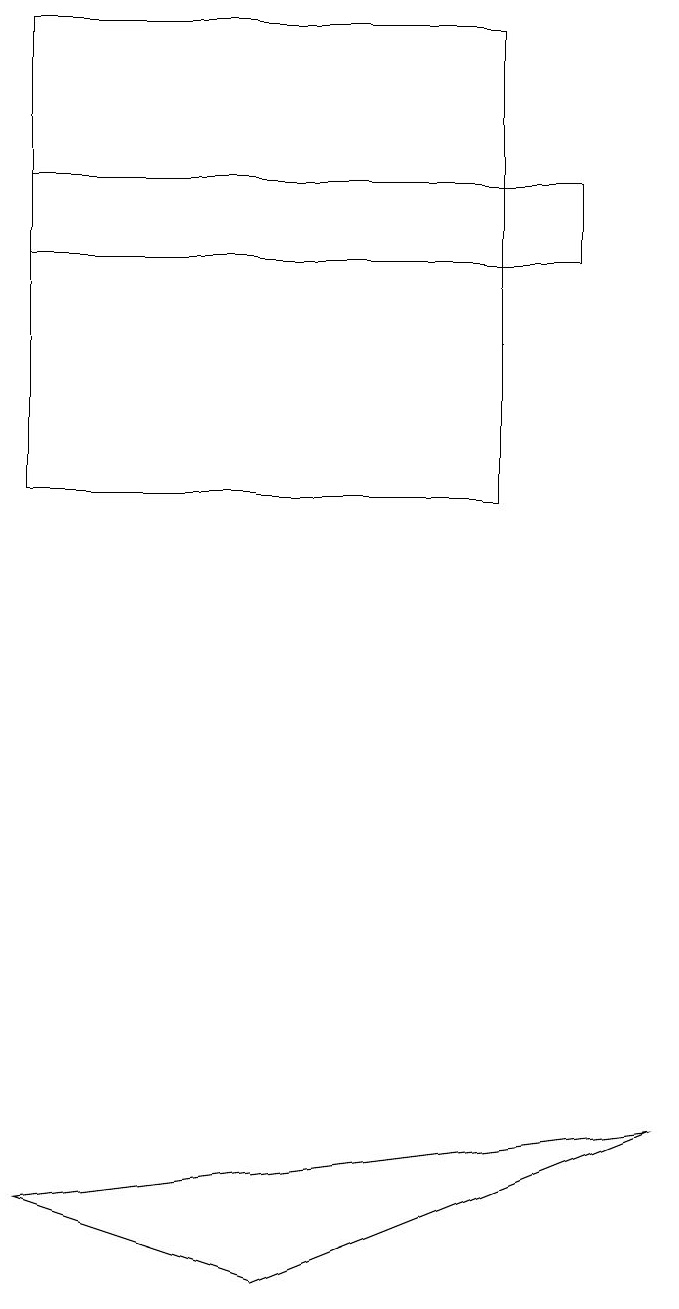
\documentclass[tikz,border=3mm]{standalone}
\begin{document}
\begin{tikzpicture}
\draw (9,4) -- (1,3) -- (4,2) -- cycle;
\draw (1,16) rectangle (8,15);
\draw (1,12) rectangle (7,18);
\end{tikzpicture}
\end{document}